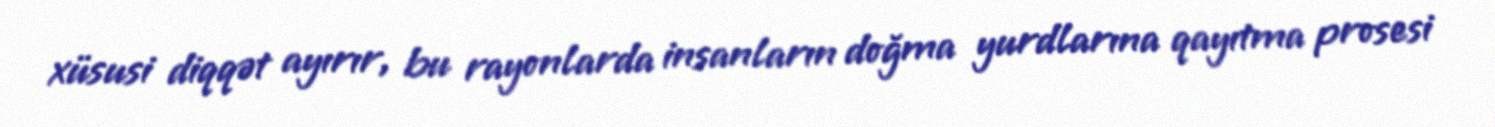
xüsusi diqqət ayırır, bu rayonlarda insanların doğma yurdlarına qayıtma prosesi